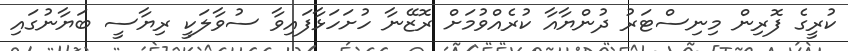
ކުރީގެ ފޮރިން މިނިސްޓަރު ދުންޔާއާ ކުރެއްވުމަށް ރޮޒޭނާ ހުށަހަޅާފައިވާ ސުވާލަކީ ރިޔާސީ ބަޔާނުގައި